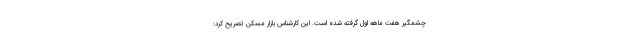
چشمگیر هفت ماهه اول گرفته شده است. این کارشناس بازار مسکن تصریح کرد: